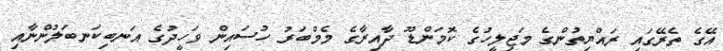
އޭގެ ތެރޭގައި ރައްޔިތުންގެ މަޖިލީހުގެ ކޮމަންޑޫ ދާއިރާގެ މެމްބަރު ހުސައިން ވަހީދުގެ އަނބިކަނބަލުންނާއި